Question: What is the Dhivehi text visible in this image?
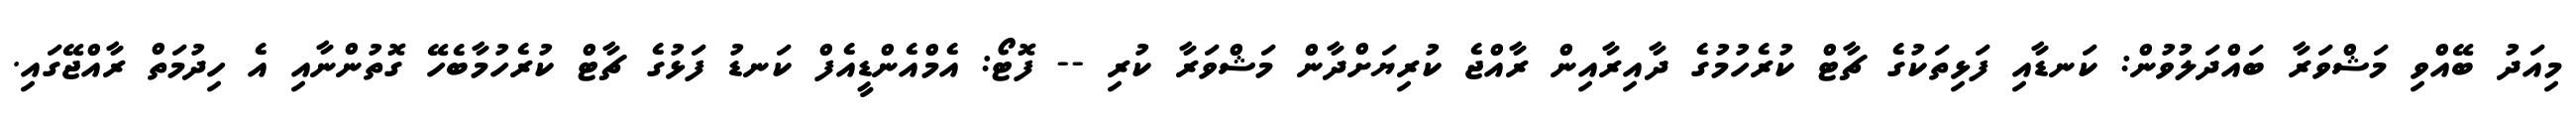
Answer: މިއަދު ބޭއްވި މަޝްވަރާ ބައްދަލުވުން: ކަނޑާއި ފަޅިތަކުގެ ޗާޓް ކުރެހުމުގެ ދާއިރާއިން ރާއްޖެ ކުރިޔަށްދާން މަޝްވަރާ ކުރި -- ފޮޓޯ: އެމްއެންޑީއެފް ކަނޑު ފަޅުގެ ޗާޓް ކުރެހުމާބެހޭ ގޮތުންނާއި އެ ހިދުމަތް ރާއްޖޭގައި.